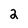
Character: 2